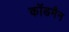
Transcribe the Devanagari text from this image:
कॉडमैन